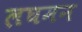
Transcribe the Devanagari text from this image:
लघमन